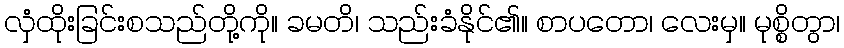
လှံထိုးခြင်းစသည်တို့ကို။ ခမတိ၊ သည်းခံနိုင်၏။ စာပတော၊ လေးမှ။ မုစ္စိတွာ၊